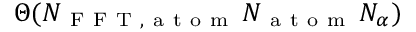
\Theta ( N _ { \mathrm { ~ F ~ F ~ T ~ , ~ a ~ t ~ o ~ m ~ } } \, N _ { \mathrm { ~ a ~ t ~ o ~ m ~ } } \, N _ { \alpha } )